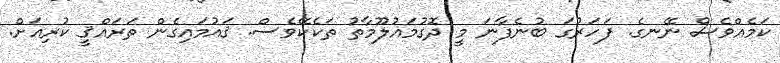
ކަމެއްވެސް ނޭނގެ. ފަހަރުގަ ބުނެފާނަ މީ ދޮގުމައުލޫމާތު ތަކެކޭވެސް. ޤައުމައިގެން ތަރައްޤީ ކުރިއަށް.